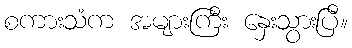
စကားသံက အများကြီး နှေးသွားပြီ။